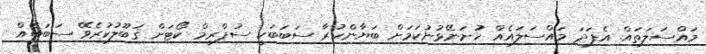
މައްސަލަތައް. އެފަދަ މައްސަލައެއް ހުށަނޭޅުނުކަމަށް ބަޔާންކުރާ ސަބަބަކީ ސުޕްރީމް ކޯޓަށް ޤަބޫލުކުރެވޭ ސަބަބެއް